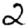
Digit: 2